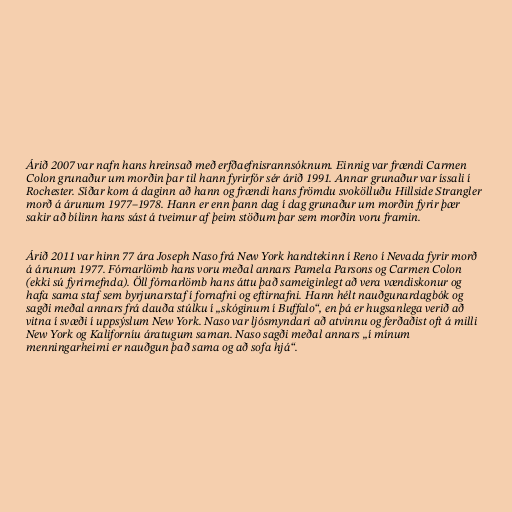
Árið 2007 var nafn hans hreinsað með erfðaefnisrannsóknum. Einnig var frændi Carmen
Colon grunaður um morðin þar til hann fyrirfór sér árið 1991. Annar grunaður var íssali í
Rochester. Síðar kom á daginn að hann og frændi hans frömdu svokölluðu Hillside Strangler
morð á árunum 1977–1978. Hann er enn þann dag í dag grunaður um morðin fyrir þær
sakir að bílinn hans sást á tveimur af þeim stöðum þar sem morðin voru framin.

Árið 2011 var hinn 77 ára Joseph Naso frá New York handtekinn í Reno í Nevada fyrir morð
á árunum 1977. Fórnarlömb hans voru meðal annars Pamela Parsons og Carmen Colon
(ekki sú fyrirnefnda). Öll fórnarlömb hans áttu það sameiginlegt að vera vændiskonur og
hafa sama staf sem byrjunarstaf í fornafni og eftirnafni. Hann hélt nauðgunardagbók og
sagði meðal annars frá dauða stúlku í „skóginum í Buffalo“, en þá er hugsanlega verið að
vitna í svæði í uppsýslum New York. Naso var ljósmyndari að atvinnu og ferðaðist oft á milli
New York og Kaliforníu áratugum saman. Naso sagði meðal annars „í mínum
menningarheimi er nauðgun það sama og að sofa hjá“.